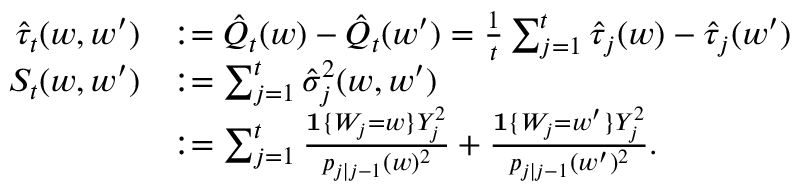
\begin{array} { r l } { \hat { \tau } _ { t } ( w , w ^ { \prime } ) } & { : = \hat { Q } _ { t } ( w ) - \hat { Q } _ { t } ( w ^ { \prime } ) = \frac { 1 } { t } \sum _ { j = 1 } ^ { t } \hat { \tau } _ { j } ( w ) - \hat { \tau } _ { j } ( w ^ { \prime } ) } \\ { S _ { t } ( w , w ^ { \prime } ) } & { : = \sum _ { j = 1 } ^ { t } \hat { \sigma } _ { j } ^ { 2 } ( w , w ^ { \prime } ) } \\ & { : = \sum _ { j = 1 } ^ { t } \frac { \mathbf { 1 } \{ W _ { j } = w \} Y _ { j } ^ { 2 } } { p _ { j \mid j - 1 } ( w ) ^ { 2 } } + \frac { \mathbf { 1 } \{ W _ { j } = w ^ { \prime } \} Y _ { j } ^ { 2 } } { p _ { j \mid j - 1 } ( w ^ { \prime } ) ^ { 2 } } . } \end{array}